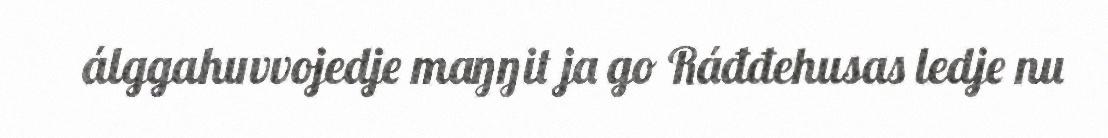
álggahuvvojedje maŋŋit ja go Ráđđehusas ledje nu